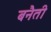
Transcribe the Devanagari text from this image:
बनैती